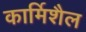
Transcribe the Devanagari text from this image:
कार्मिशैल